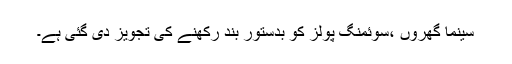
سینما گھروں ،سوئمنگ پولز کو بدستور بند رکھنے کی تجویز دی گئی ہے۔